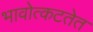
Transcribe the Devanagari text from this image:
भावोत्कटतेत